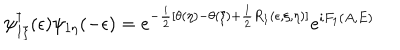
LaTeX: \psi _ { 1 \xi } ^ { \dagger } ( \epsilon ) \psi _ { 1 \eta } ( - \epsilon ) = e ^ { - \frac { i } { 2 } [ \theta ( \eta ) - \theta ( \xi ) + \frac { 1 } { 2 } R _ { 1 } ( \epsilon , \xi , \eta ) ] } e ^ { i F _ { 1 } ( A , E ) }